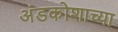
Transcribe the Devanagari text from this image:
अंडकोशाच्या